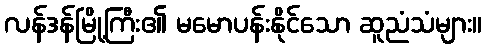
လန်ဒန်မြို့ကြီး၏ မမောပန်းနိုင်သော ဆူညံသံများ။